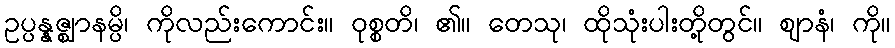
ဥပ္ပန္နဇ္ဈာနမ္ပိ၊ ကိုလည်းကောင်း။ ဝုစ္စတိ၊ ၏။ တေသု၊ ထိုသုံးပါးတို့တွင်။ ဈာနံ၊ ကို။